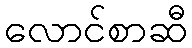
လောင်စာဆီ